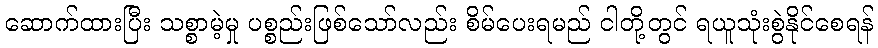
ဆောက်ထားပြီး သစ္စာမဲ့မှု ပစ္စည်းဖြစ်သော်လည်း စိမ်ပေးရမည် ငါတို့တွင် ရယူသုံးစွဲနိုင်စေရန်